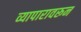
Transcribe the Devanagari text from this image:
व्यापारावरून